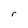
Character: r